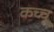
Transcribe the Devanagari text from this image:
कच्चू